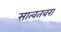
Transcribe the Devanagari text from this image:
सात्वतवरा